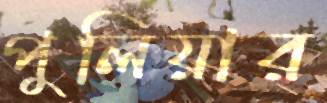
পুলিয়ার